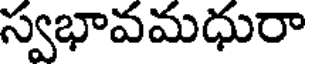
స్వభావమధురా